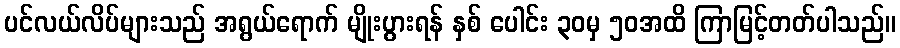
ပင်လယ်လိပ်များသည် အရွယ်ရောက် မျိုးပွားရန် နှစ် ပေါင်း ၃၀မှ ၅၀အထိ ကြာမြင့်တတ်ပါသည်။